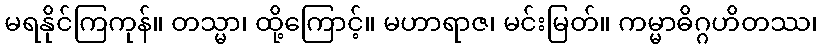
မရနိုင်ကြကုန်။ တသ္မာ၊ ထို့ကြောင့်။ မဟာရာဇ၊ မင်းမြတ်။ ကမ္မာဓိဂ္ဂဟိတဿ၊